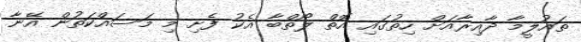
ތައުލީމާ ދާއިރާއަށް ހިތުގައި އޮތް ލޯތްބާ އެކު ފެށި މި މަސައްކަތުން އޭނާ